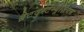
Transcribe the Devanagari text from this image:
ब्रैटवुर्स्टम्यूज़ियम